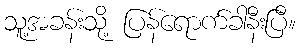
သူ့အခန်းသို့ ပြန်ရောက်ခါနီးပြီ။